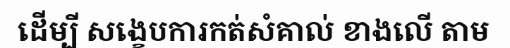
ដើម្បី សង្ខេបការកត់សំគាល់ ខាងលើ តាម